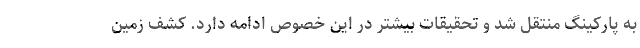
به پارکینگ منتقل شد و تحقیقات بیشتر در این خصوص ادامه دارد. کشف زمین